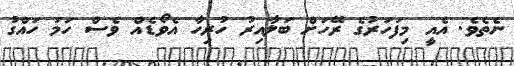
ނެތެވެ. އެއީ މިފަހަރުގެ ރޭހަށް ބަލާއިރު ހުރިހާ އެވޯޑެއް ވެސް ހަމަ ހައްގު